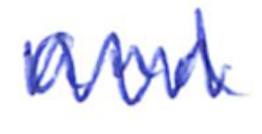
Text: and
Cross-out: zig-zag
Writing tool: ballpoint